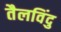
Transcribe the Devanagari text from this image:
तैलविंदु